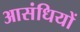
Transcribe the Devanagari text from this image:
आसंधियों